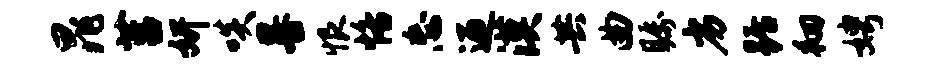
晁莒妍啖晷恨恪忘迎漠共曲瞩劣踞徊娉